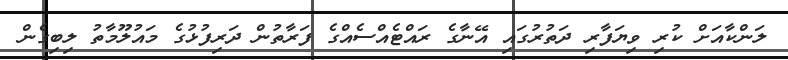
ލަންކާއަށް ކުރި ވިޔަފާރި ދަތުރުގައި އޭނާގެ ރައްޓެއްސެއްގެ ފަރާތުން ދަރިފުޅުގެ މައުލޫމާތު ލިބިގެން